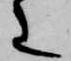
也